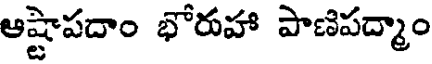
ఆష్టాపదాం భోరుహా పాణిపద్మాం